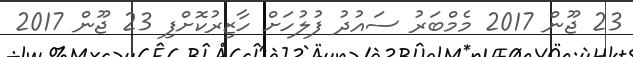
23 ޖޫން 2017 މެމްބަރު ސައުދު ފުލުހަށް ހާޒިރުކޮށްފި 23 ޖޫން 2017